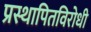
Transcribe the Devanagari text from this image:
प्रस्थापितविरोधी